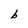
Character: b